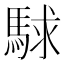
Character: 𮪅